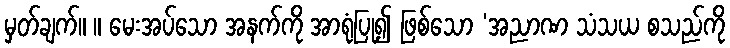
မှတ်ချက်။ ။ မေးအပ်သော အနက်ကို အာရုံပြု၍ ဖြစ်သော ‘အညာဏ သံသယ စသည်ကို